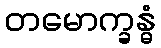
တမောက္ခန္ဓံ